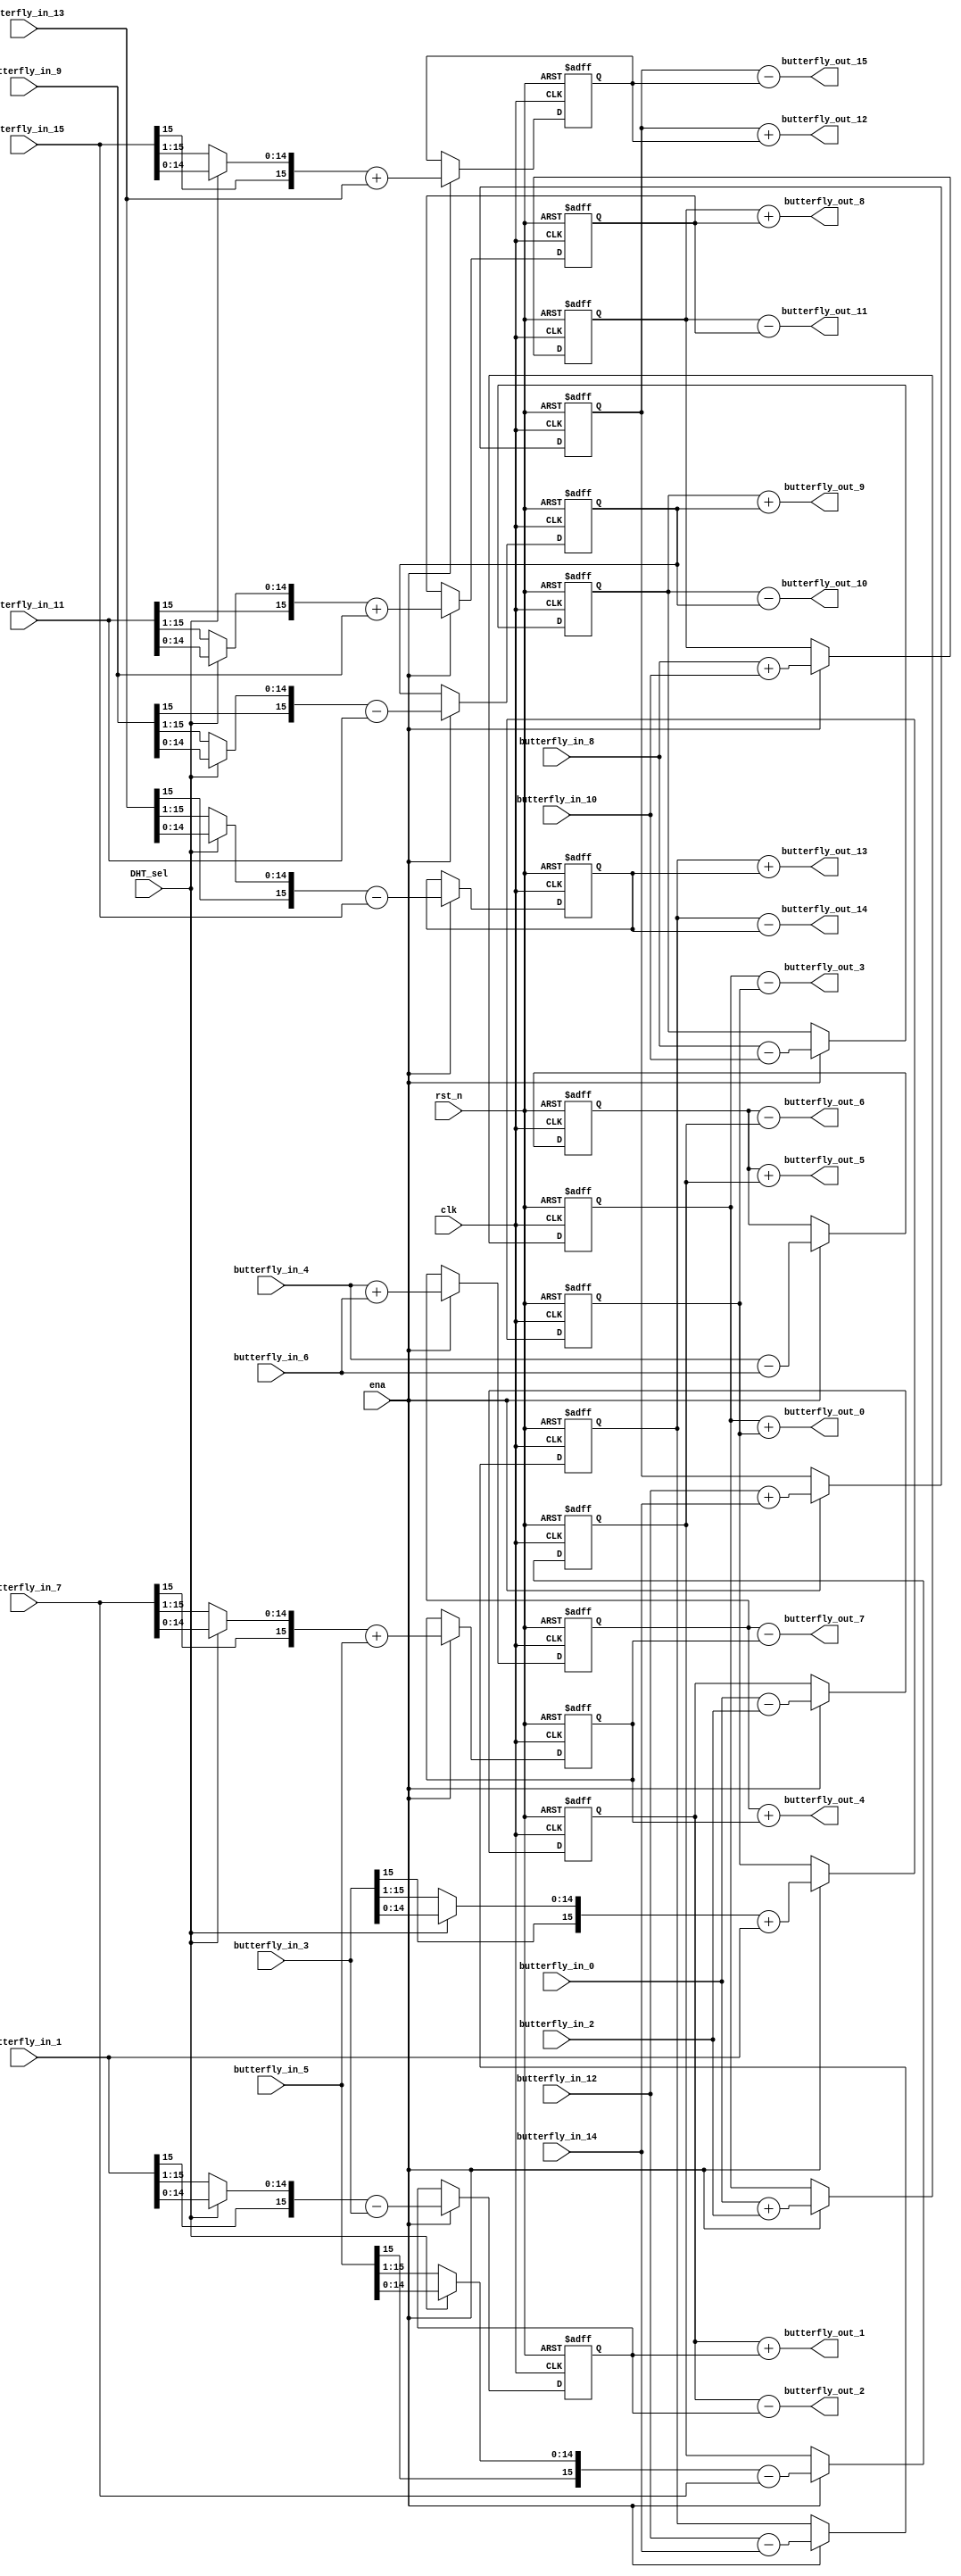
//--------------------------------------------------------------------------------------------------
// Copyright (C) 2013-2017 qiu bin 
// All rights reserved   
// Design    : bitstream_p
// Author(s) : qiu bin
// Phone 15957074161
// QQ:1517642772             
//-------------------------------------------------------------------------------------------------


module transform_butterfly
(
	input clk,
	input rst_n,
	input ena,
	input DHT_sel,
	input signed [15:0] butterfly_in_0,
	input signed [15:0] butterfly_in_1,
	input signed [15:0] butterfly_in_2,
	input signed [15:0] butterfly_in_3,
	input signed [15:0] butterfly_in_4,
	input signed [15:0] butterfly_in_5,
	input signed [15:0] butterfly_in_6,
	input signed [15:0] butterfly_in_7,
	input signed [15:0] butterfly_in_8,
	input signed [15:0] butterfly_in_9,
	input signed [15:0] butterfly_in_10,
	input signed [15:0] butterfly_in_11,
	input signed [15:0] butterfly_in_12,
	input signed [15:0] butterfly_in_13,
	input signed [15:0] butterfly_in_14,
	input signed [15:0] butterfly_in_15,

	output signed [15:0] butterfly_out_0,
	output signed [15:0] butterfly_out_1,
	output signed [15:0] butterfly_out_2,
	output signed [15:0] butterfly_out_3,
	output signed [15:0] butterfly_out_4,
	output signed [15:0] butterfly_out_5,
	output signed [15:0] butterfly_out_6,
	output signed [15:0] butterfly_out_7,
	output signed [15:0] butterfly_out_8,
	output signed [15:0] butterfly_out_9,
	output signed [15:0] butterfly_out_10,
	output signed [15:0] butterfly_out_11,
	output signed [15:0] butterfly_out_12,
	output signed [15:0] butterfly_out_13,
	output signed [15:0] butterfly_out_14,
	output signed [15:0] butterfly_out_15
);


reg signed [15:0] temp_0;
reg signed [15:0] temp_1;
reg signed [15:0] temp_2;
reg signed [15:0] temp_3;
reg signed [15:0] temp_4;
reg signed [15:0] temp_5;
reg signed [15:0] temp_6;
reg signed [15:0] temp_7;
reg signed [15:0] temp_8;
reg signed [15:0] temp_9;
reg signed [15:0] temp_10;
reg signed [15:0] temp_11;
reg signed [15:0] temp_12;
reg signed [15:0] temp_13;
reg signed [15:0] temp_14;
reg signed [15:0] temp_15;

wire signed [15:0] butterfly_tmp_1;
wire signed [15:0] butterfly_tmp_3;
wire signed [15:0] butterfly_tmp_5;
wire signed [15:0] butterfly_tmp_7;
wire signed [15:0] butterfly_tmp_9;
wire signed [15:0] butterfly_tmp_11;
wire signed [15:0] butterfly_tmp_13;
wire signed [15:0] butterfly_tmp_15;

assign butterfly_tmp_1 = DHT_sel?butterfly_in_1:butterfly_in_1>>>1;
assign butterfly_tmp_3 = DHT_sel?butterfly_in_3:butterfly_in_3>>>1;
assign butterfly_tmp_5 = DHT_sel?butterfly_in_5:butterfly_in_5>>>1;
assign butterfly_tmp_7 = DHT_sel?butterfly_in_7:butterfly_in_7>>>1;
assign butterfly_tmp_9 = DHT_sel?butterfly_in_9:butterfly_in_9>>>1;
assign butterfly_tmp_11 = DHT_sel?butterfly_in_11:butterfly_in_11>>>1;
assign butterfly_tmp_13 = DHT_sel?butterfly_in_13:butterfly_in_13>>>1;
assign butterfly_tmp_15 = DHT_sel?butterfly_in_15:butterfly_in_15>>>1;

always @(posedge clk or negedge rst_n)
if (~rst_n)begin
	temp_0 <= 0;
	temp_1 <= 0;	
	temp_2 <= 0;
	temp_3 <= 0;
	temp_4 <= 0;
	temp_5 <= 0;	
	temp_6 <= 0;
	temp_7 <= 0;
	temp_8 <= 0;
	temp_9 <= 0;	
	temp_10 <= 0;
	temp_11 <= 0;
	temp_12 <= 0;
	temp_13 <= 0;	
	temp_14 <= 0;
	temp_15 <= 0;
end
else if(ena)begin
	temp_0 <= butterfly_in_0 + butterfly_in_2;
	temp_1 <= butterfly_in_0 - butterfly_in_2;	
	temp_2 <= butterfly_tmp_1 - butterfly_in_3;
	temp_3 <= butterfly_tmp_3 + butterfly_in_1;

	temp_4 <= butterfly_in_4 + butterfly_in_6;
	temp_5 <= butterfly_in_4 - butterfly_in_6;	
	temp_6 <= butterfly_tmp_5 - butterfly_in_7;
	temp_7 <= butterfly_tmp_7 + butterfly_in_5;

	temp_8 <= butterfly_in_8 + butterfly_in_10;
	temp_9 <= butterfly_in_8 - butterfly_in_10;	
	temp_10 <= butterfly_tmp_9 - butterfly_in_11;
	temp_11 <= butterfly_tmp_11 + butterfly_in_9;

	temp_12 <= butterfly_in_12 + butterfly_in_14;
	temp_13 <= butterfly_in_12 - butterfly_in_14;	
	temp_14 <= butterfly_tmp_13 - butterfly_in_15;
	temp_15 <= butterfly_tmp_15 + butterfly_in_13;
end

assign	butterfly_out_0 = temp_0 + temp_3;
assign	butterfly_out_1 = temp_1 + temp_2;
assign	butterfly_out_2 = temp_1 - temp_2;
assign	butterfly_out_3 = temp_0 - temp_3;

assign	butterfly_out_4 = temp_4 + temp_7;
assign	butterfly_out_5 = temp_5 + temp_6;
assign	butterfly_out_6 = temp_5 - temp_6;
assign	butterfly_out_7 = temp_4 - temp_7;

assign	butterfly_out_8 = temp_8 + temp_11;
assign	butterfly_out_9 = temp_9 + temp_10;
assign	butterfly_out_10 = temp_9 - temp_10;
assign	butterfly_out_11 = temp_8 - temp_11;

assign	butterfly_out_12 = temp_12 + temp_15;
assign	butterfly_out_13 = temp_13 + temp_14;
assign	butterfly_out_14 = temp_13 - temp_14;
assign	butterfly_out_15 = temp_12 - temp_15;

endmodule